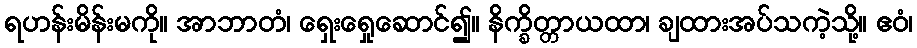
ရဟန်းမိန်းမကို။ အာဘာတံ၊ ရှေးရှေုဆောင်၍။ နိက္ခိတ္တာယထာ၊ ချထားအပ်သကဲ့သို့။ ဧဝံ၊